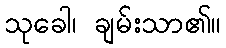
သုခေါ၊ ချမ်းသာ၏။